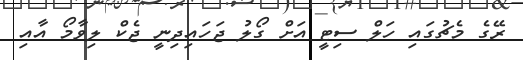
ރޭގެ މެޗުގައި ހަލް ސިޓީ އަށް ގޯލު ޖަހައިދިނީ ޖެކް ލިވާމޯ އާއި